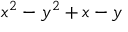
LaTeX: x ^ { 2 } - y ^ { 2 } + x - y